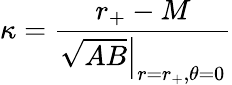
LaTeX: \kappa={\frac{r_{+}-M}{\left.\sqrt{AB}\right|_{r=r_{+},\theta=0}}}